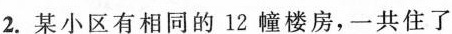
2.某小区有相同的12幢楼房，一共住了384户人家，每幢楼里有4个单元。每个单元里住几户人家?